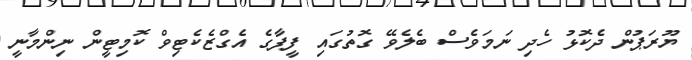
ޔޫރަޕުން ދެކޮޅު ހެދި ނަމަވެސް ބެލެވޭ ގޮތުގައި ފީފާގެ އެގްޒެކެޓިވް ކޮމިޓީން ނިންމާނީ